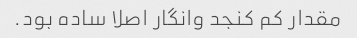
مقدار کم کنجد وانگار اصلا ساده بود.